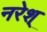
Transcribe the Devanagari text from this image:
नरेश्